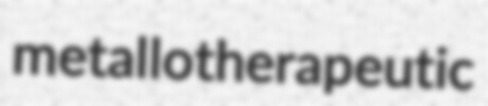
metallotherapeutic